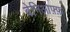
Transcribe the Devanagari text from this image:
बेनिओफ़्फ़